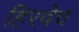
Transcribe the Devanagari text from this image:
हिरवेच